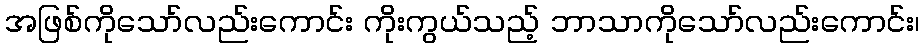
အဖြစ်ကိုသော်လည်းကောင်း ကိုးကွယ်သည့် ဘာသာကိုသော်လည်းကောင်း၊